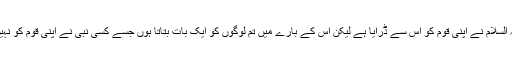
نوح علیہ السلام نے اپنی قوم کو اس سے ڈرایا ہے لیکن اس کے بارے میں تم لوگوں کو ایک بات بتاتا ہوں جسے کسی نبی نے اپنی قوم کو نہیں بتائی ۔